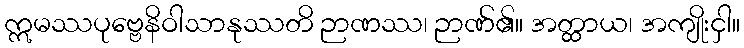
ဣမဿပုဗ္ဗေနိဝါသာနုဿတိ ဉာဏဿ၊ ဉာဏ်၏။ အတ္ထာယ၊ အကျိုးငှါ။